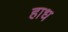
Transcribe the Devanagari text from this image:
हाध